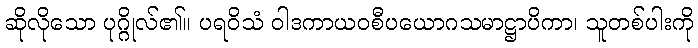
ဆိုလိုသော ပုဂ္ဂိုလ်၏။ ပရဝိသံ ဝါဒကာယဝစီပယောဂသမာဋ္ဌာပိကာ၊ သူတစ်ပါးကို